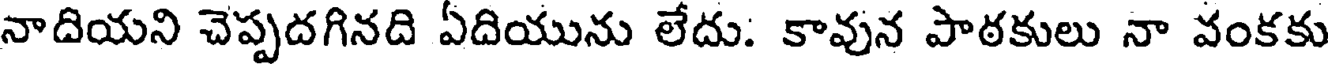
నాదియని చెప్పదగినది ఏదియును లేదు. కావున పాఠకులు నా వంకకు